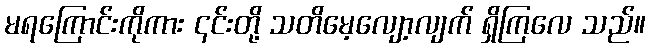
မရကြောင်းကိုကား ၎င်းတို့ သတိမေ့လျော့လျက် ရှိကြလေ သည်။